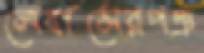
লেবাসেরপঞ